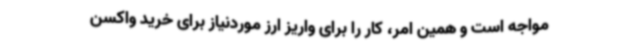
مواجه است و همین امر، کار را برای واریز ارز موردنیاز برای خرید واکسن